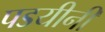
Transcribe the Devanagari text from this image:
पडयीनी